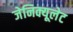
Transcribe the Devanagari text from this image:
जेनिक्यूलेट